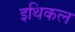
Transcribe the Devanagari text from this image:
इथिकल